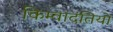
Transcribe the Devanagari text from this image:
किम्वादंतियों